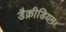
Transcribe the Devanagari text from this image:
डैक्रीडियम।